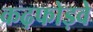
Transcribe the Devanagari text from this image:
कढ़फोड़वे